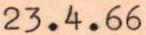
23.4.66